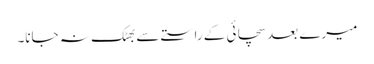
میرے بعد سچائی کے راستے سے بھٹک نہ جانا۔